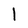
Character: l